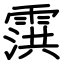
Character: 霟